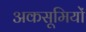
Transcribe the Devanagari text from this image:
अकसूमियों